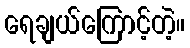
ရေချယ်ကြောင့်တဲ့။